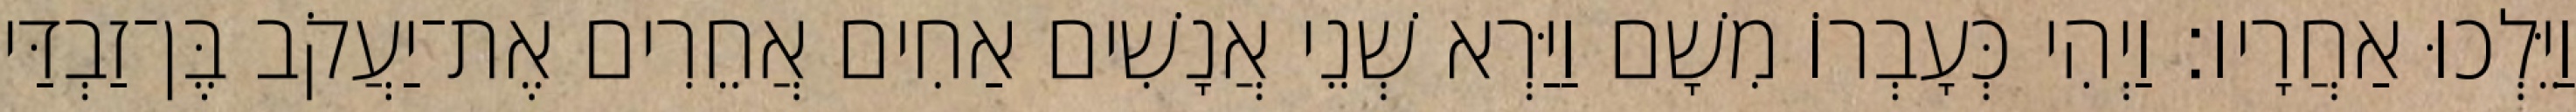
וַיֵּלְכוּ אַחֲרָיו׃ וַיְהִי כְּעָבְרוֹ מִשָׁם וַיַּרְא שְׁנֵי אֲנָשִׁים אַחִים אֲחֵרִים אֶת־יַעֲקֹב בֶּן־זַבְדַּי